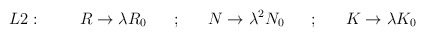
\begin{align*}L2:~~~~~~~R \rightarrow \lambda R_0 ~~~~~;~~~~~N \rightarrow \lambda^2 N_0 ~~~~~;~~~~~K \rightarrow \lambda K_0\end{align*}